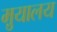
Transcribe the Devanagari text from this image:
मु़यालय